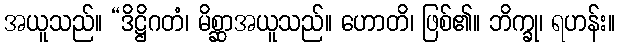
အယူသည်။ “ဒိဋ္ဌိဂတံ၊ မိစ္ဆာအယူသည်။ ဟောတိ၊ ဖြစ်၏။ ဘိက္ခု၊ ရဟန်း။